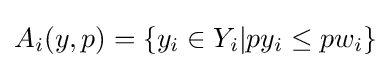
A_{i}(y,p)=\{y_{i}\in Y_{i}|py_{i}\leq pw_{i}\}